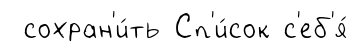
сохран'и́ть Сп'и́сок с'еб'я́